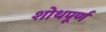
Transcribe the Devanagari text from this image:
शोथपूर्ण